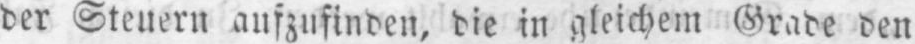
der Steuern aufzufinden, die in gleichem Grade den